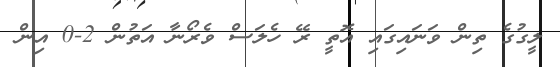
ލީގުގެ ތިން ވަނައިގައި އޮތީ ރޭ ހެލަސް ވެރޯނާ އަތުން 2-0 އިން